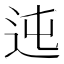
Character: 迍